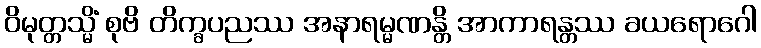
ဝိမုတ္တသ္မိံ စုဗိ တိက္ခပညဿ အနာရမ္မဏန္တိ အာကာရန္တဿ ခယရောဂေါ